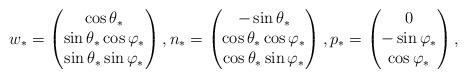
LaTeX: \begin{align*} w_* = \begin{pmatrix}\cos \theta_*\\\sin \theta_* \cos \varphi_* \\\sin \theta_* \sin \varphi_*\end{pmatrix},n_* = \begin{pmatrix}-\sin \theta_*\\\cos \theta_* \cos \varphi_* \\\cos \theta_* \sin \varphi_*\end{pmatrix}, p_* = \begin{pmatrix}0 \\- \sin \varphi_* \\\cos \varphi_*\end{pmatrix},\end{align*}